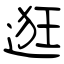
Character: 逛